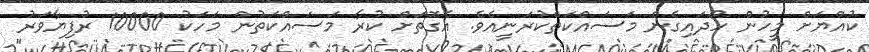
ކުއްޔަށް މީހުން ހޯދައިގެން މަސައްކަތްކުރަނީއެވެ. އެގޮތަށް ކުރާ މަސައްކަތުން މަހަކު 10000 ރުފިޔާވަރު